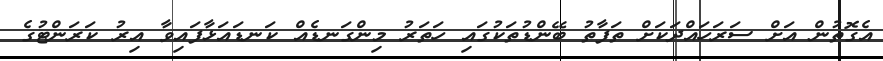
އެގޮތުން އަށް ސަރަހައްދަކަށް ތަފާތު ބޭންޑުތަކުގައި ހަތަރު މިންގަނޑެއް ކަނޑައަޅާފައިވާ އިރު ކަރަންޓުގެ